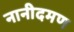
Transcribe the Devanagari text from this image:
नानीदमण